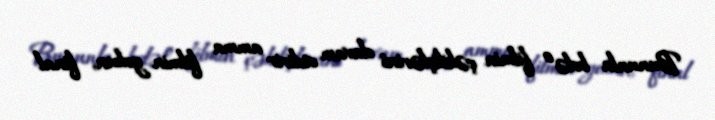
Bununla belə o filmin çəkilişlərini davam etdirir amma filmin yekun, final